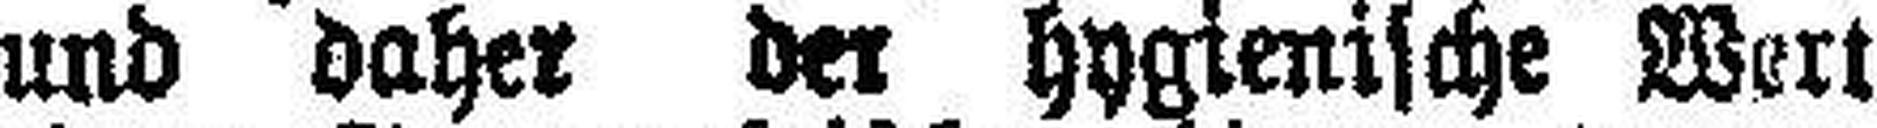
und daher der hygienische Wert